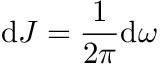
\mathrm { d } J = \frac { 1 } { 2 \pi } \mathrm { } \mathrm { d } \omega